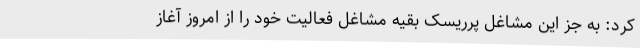
کرد: به جز این مشاغل پرریسک بقیه مشاغل فعالیت خود را از امروز آغاز